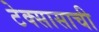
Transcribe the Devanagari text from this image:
टेक्सासाची